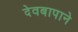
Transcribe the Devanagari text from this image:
देवबापाने